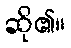
ဆို၏။